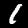
Digit: 1